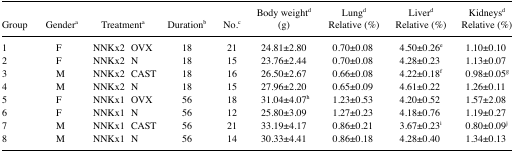
| Group | Gendera | Treatmenta | Durationb | No.c | Body weightd (g) | Lungd Relative (%) | Liverd Relative (%) | Kidneysd Relative (%) |
 | --- | --- | --- | --- | --- | --- | --- | --- | --- |
 | 1 | F | NNKx2 OVX | 18 | 21 | 24.81±2.80 | 0.70±0.08 | 4.50±0.26e | 1.10±0.10 |
 | 2 | F | NNKx2 N | 18 | 15 | 23.76±2.44 | 0.70±0.08 | 4.28±0.23 | 1.13±0.07 |
 | 3 | M | NNKx2 CAST | 18 | 16 | 26.50±2.67 | 0.66±0.08 | 4.22±0.18f | 0.98±0.05g |
 | 4 | M | NNKx2 N | 18 | 15 | 27.96±2.20 | 0.65±0.09 | 4.61±0.22 | 1.26±0.11 |
 | 5 | F | NNKx1 OVX | 56 | 18 | 31.04±4.07h | 1.23±0.53 | 4.20±0.52 | 1.57±2.08 |
 | 6 | F | NNKx1 N | 56 | 12 | 25.80±3.09 | 1.27±0.23 | 4.18±0.76 | 1.19±0.27 |
 | 7 | M | NNKx1 CAST | 56 | 21 | 33.19±4.17 | 0.86±0.21 | 3.67±0.23i | 0.80±0.09j |
 | 8 | M | NNKx1 N | 56 | 14 | 30.33±4.41 | 0.86±0.18 | 4.28±0.40 | 1.34±0.13 |